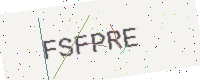
Text: FSFPRE